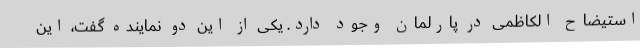
استیضاح الکاظمی در پارلمان وجود دارد. یکی از این دو نماینده گفت، این